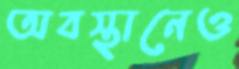
অবস্থানেও